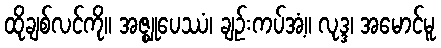
ထိုချစ်လင်ကို။ အဇ္ဈုပေဿံ၊ ချဉ်းကပ်အံ့။ လုဒ္ဒ၊ အမောင်မူ